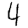
Digit: 4